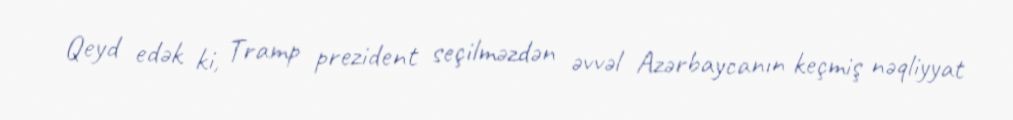
Qeyd edək ki, Tramp prezident seçilməzdən əvvəl Azərbaycanın keçmiş nəqliyyat